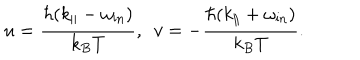
u = \frac { \hbar ( k _ { \| } - \omega _ { \mathrm { i n } } ) } { k _ { B } T } , \, \, \, v = - \frac { \hbar ( k _ { \| } + \omega _ { \mathrm { i n } } ) } { k _ { B } T } .